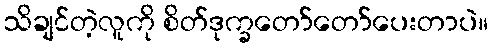
သိချင်တဲ့လူကို စိတ်ဒုက္ခတော်တော်ပေးတာပဲ။